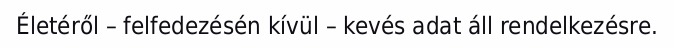
Életéről – felfedezésén kívül – kevés adat áll rendelkezésre.